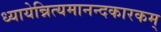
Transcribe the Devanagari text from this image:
ध्यायेन्नित्यमानन्दकारकम्